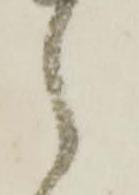
之